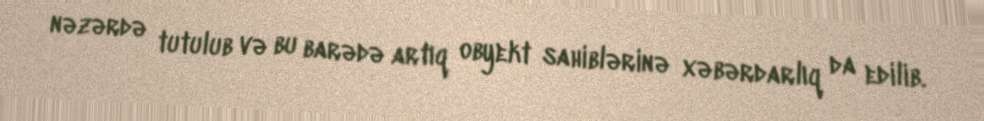
nəzərdə tutulub və bu barədə artıq obyekt sahiblərinə xəbərdarlıq da edilib.